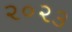
૨૦૨૩